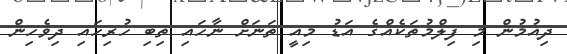
ދިއުމުން މި ފިލްމުތަކެއްގެ އަޑު މިއީ ތަނަށް ނާހައި ތިބި ހުރިހައި ދިވެހިން